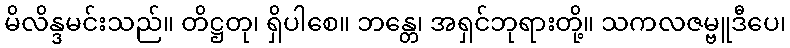
မိလိန္ဒမင်းသည်။ တိဋ္ဌတု၊ ရှိပါစေ။ ဘန္တေ၊ အရှင်ဘုရားတို့။ သကလဇမ္ဗူဒီပေ၊